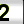
Digit: 2